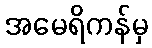
အမေရိကန်မှ